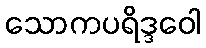
သောကပရိဒ္ဒဝေါ